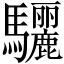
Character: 驪